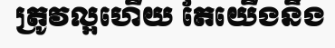
ត្រូវល្អហើយ តែយើងនឹង